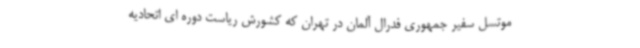
موتسل سفیر جمهوری فدرال آلمان در تهران که کشورش ریاست دوره ای اتحادیه